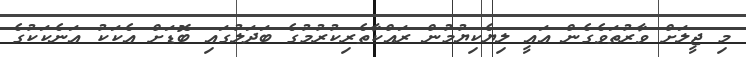
މި ޖީލަށް ވާރުތަވެގެން އައީ ލިޔެކިޔުމުން ރައްކާތެރިކުރުމުގެ ބަދަލުގައި ބޮޑަށް އެކަކު އަނެކަކުގެ